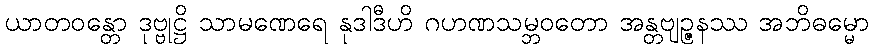
ယာတဝန္တော ဒုဗ္ဗုဋ္ဌိ သာမဏေရေ နုဒါဒီဟိ ဂဟဏသမ္ဘဝတော အန္တဗျဉ္ဇနဿ အဘိဓမ္မော